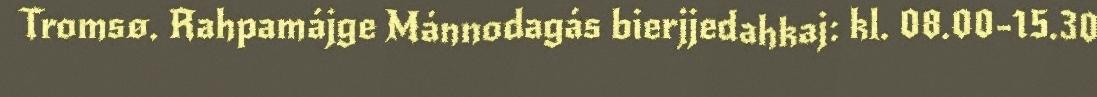
Tromsø. Rahpamájge Mánnodagás bierjjedahkaj: kl. 08.00-15.30